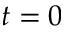
t = 0